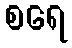
စရေ